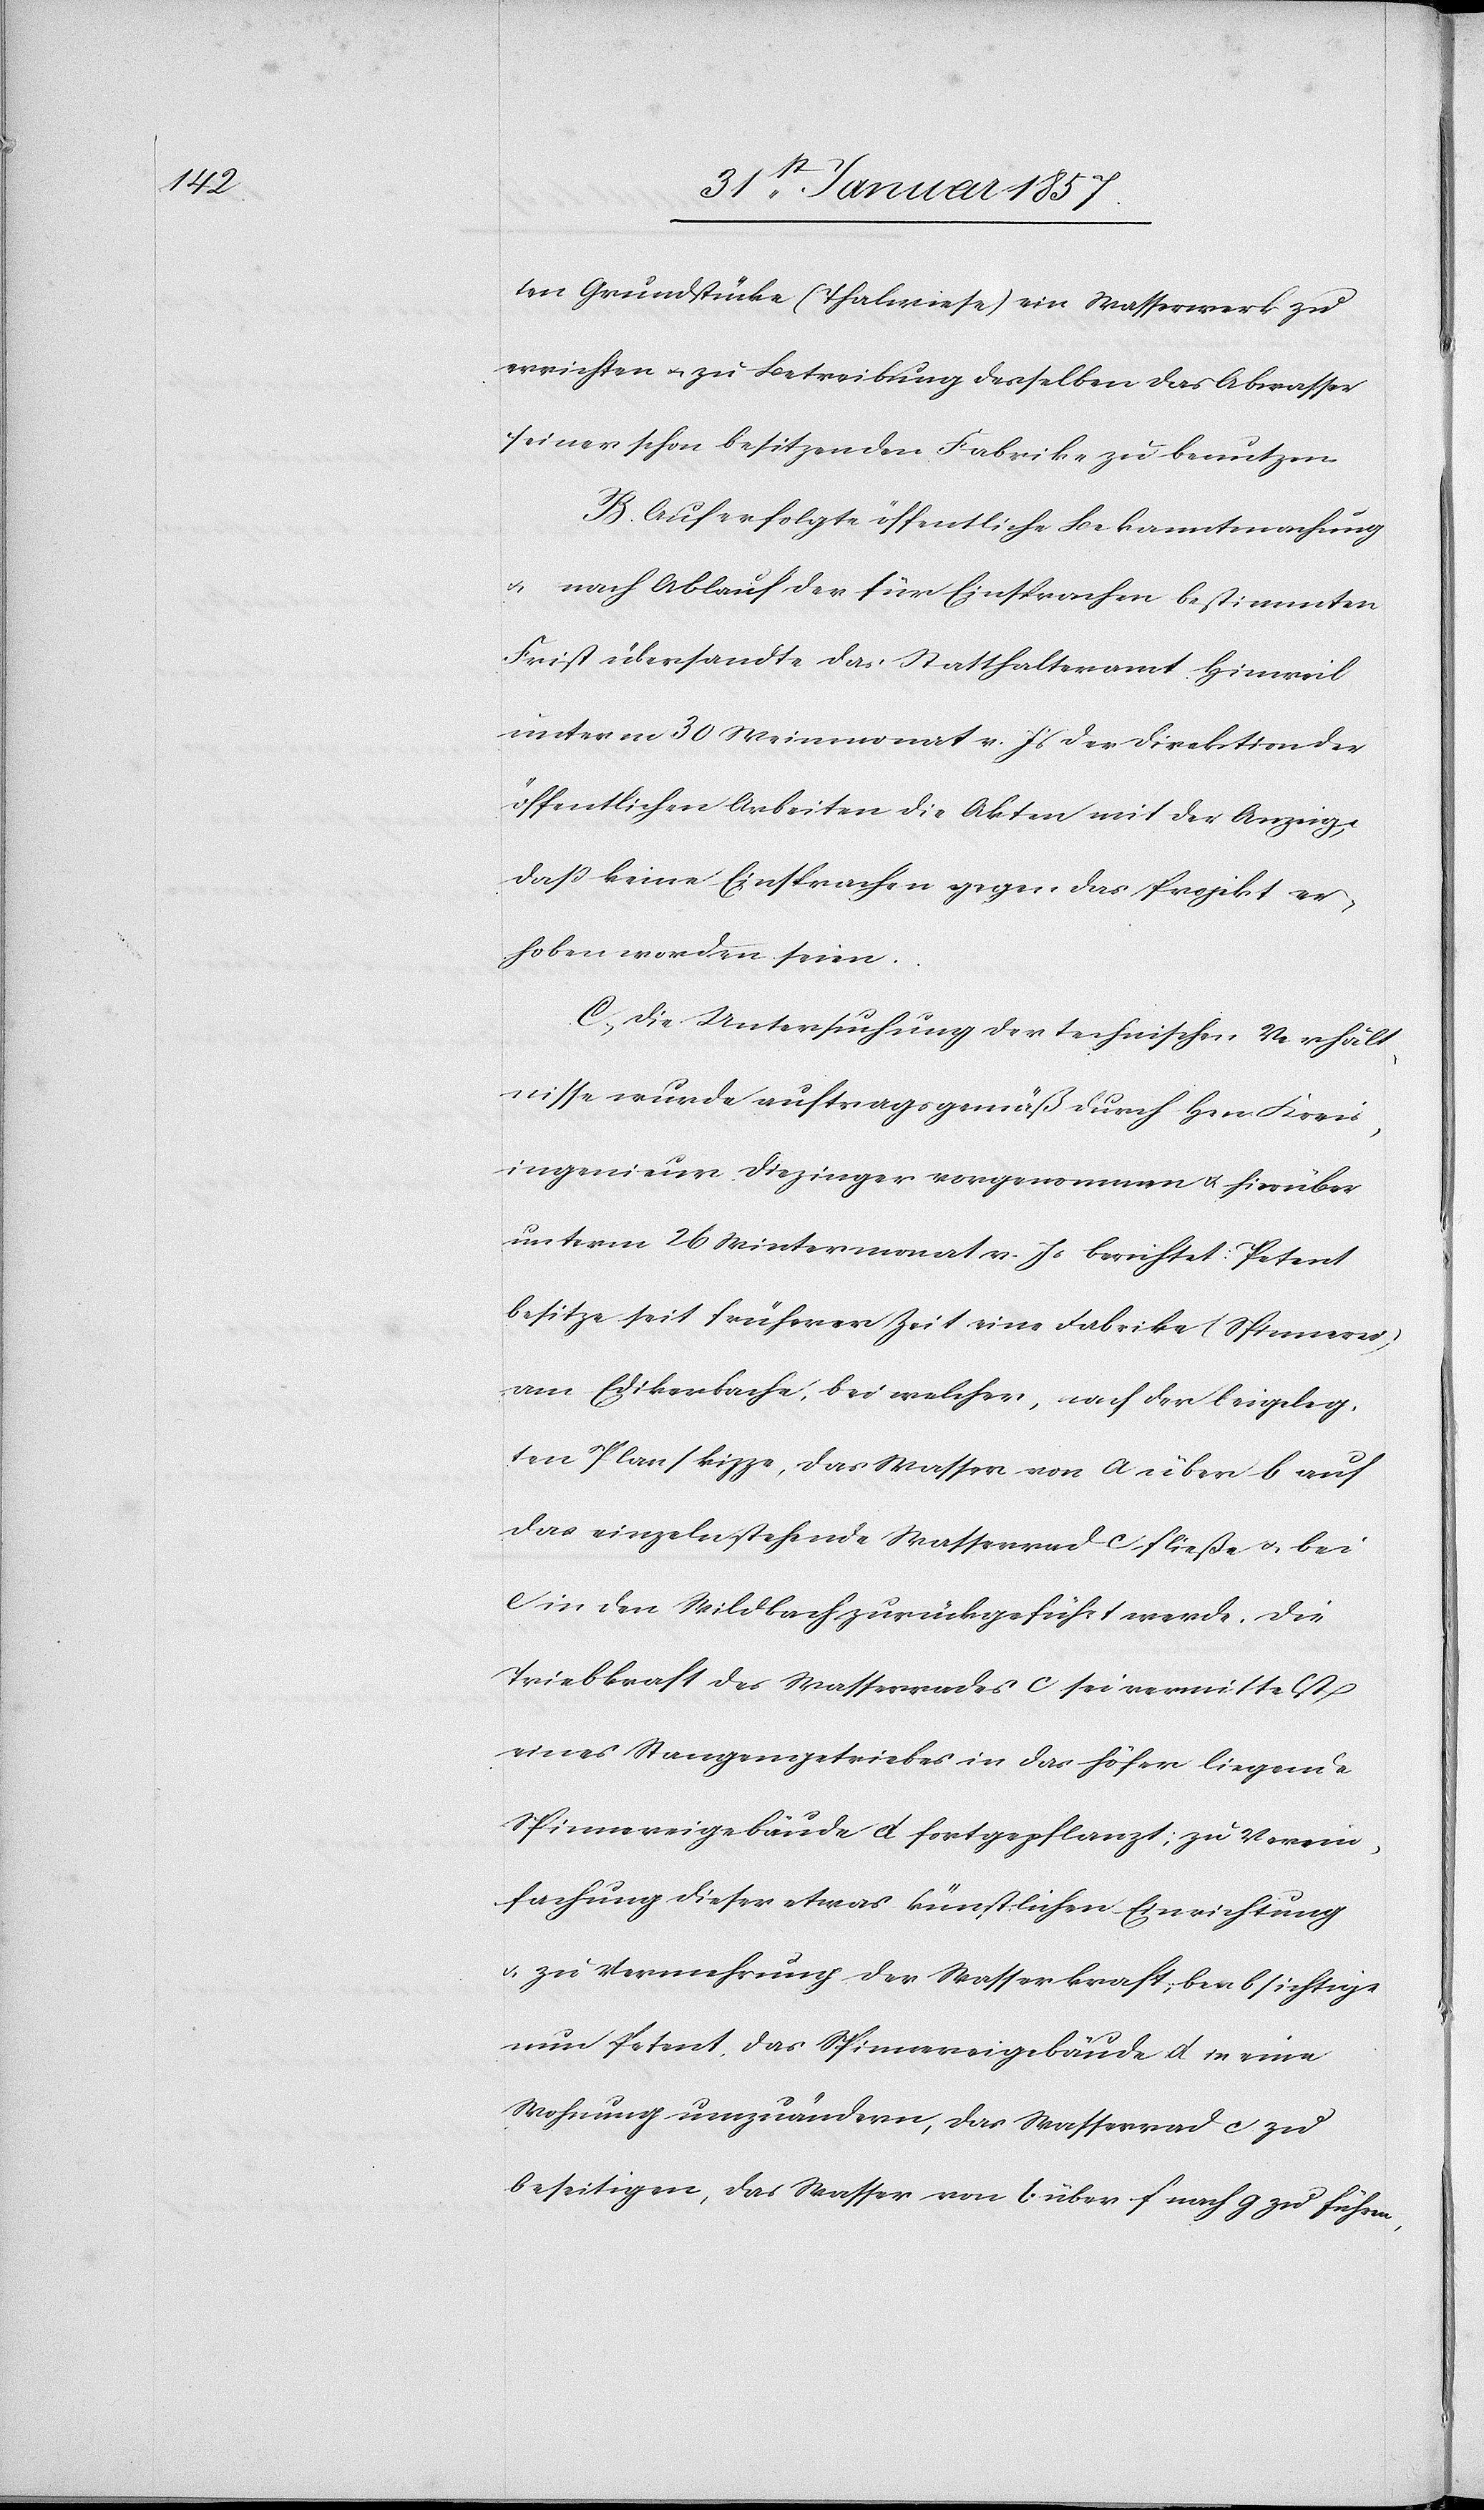
ten Grundstücke (Thalwiese) ein Wasserwerk zu
errichten & zu Betreibung desselben das Abwasser
seiner schon besitzenden Fabrike zu benutzen.
B. Auf erfolgte öffentliche Bekanntmachung
& nach Ablauf der für Einsprachen bestimmten
Frist übersandte das Statthalteramt Hinweil
unterm 30 Meimonat v. Js der Direktion der
öffentlichen Arbeiten die Akten mit der Anzeige,
daß keine Einsprachen gegen das Projekt er¬
hoben worden seien.
C. Die Untersuchung der technischen Verhält¬
nisse wurde auftragsgemäß durch Hrn. Kreis¬
ingenieur Diezinger vorgenommen & hierüber
unterm 26 Wintermonat v. Js berichtet: Petent
besitze seit früherer Zeit eine Fabrike (Spinnerei)
am Edikerbach, bei welcher, nach der beigeleg¬
ten Planskizze, das Wasser von A über B auf
das einzeln stehende Wasserrad C fließe & bei
C in den Wildbach zurückgeführt werde. Die
Triebkraft des Wasserrades C sei vermittelst
eines Stangengetriebes in das höher liegenden
Spinnereigebäude A fortgepflanzt; zu Verein¬
fachung dieser etwas künstlichen Einrichtung
& zu Vermehrung der Wasserkraft, beabsichtige
nun Petent, das Spinnereigebäude A in eine
Wohnung umzuändern, das Wasserrad C zu
beseitigen, das Wasser von b über f nach g zu führen,